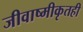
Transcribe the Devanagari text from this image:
जीवाष्मीकृतही